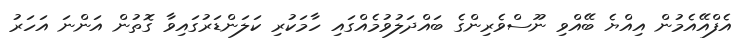
އެފްއޭއެމުން އިއްޔެ ބޭއްވި ނޫސްވެރިންގެ ބައްދަލުވުމެއްގައި ހާމަކުރި ކަލަންޑަރުގައިވާ ގޮތުން އަންނަ އަހަރު